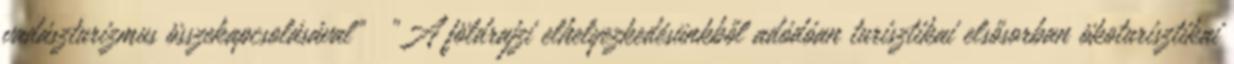
vadászturizmus összekapcsolásával” ▪„A földrajzi elhelyezkedésünkből adódóan turisztikai elsősorban ökoturisztikai